Civil Veterinary Dept. Assam report 1911-1927 - 1911-1927
Year: 1911
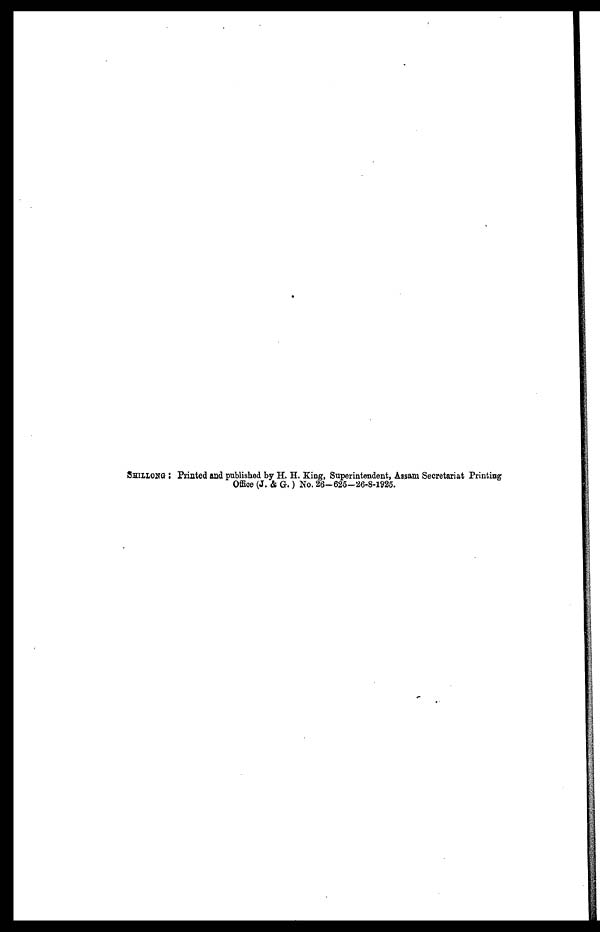
SHILLONG : Printed and published by H. H. King, Superintendent, Assam Secretariat Printing
Office (J. & G.) No. 26-625-26-8-1925.